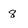
Character: 8